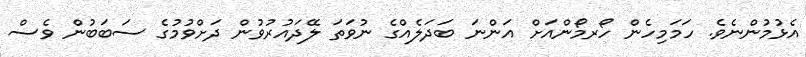
އެޅުމުންނެވެ. ހަމަމިހެން ހޯރމޯންއަށް އަންނަ ބަދަލެއްގެ ނުވަތަ ލޭދައުރުވުން ދަށްވުމުގެ ސަބަބުން ވެސް